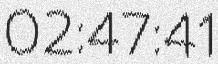
02:47:41